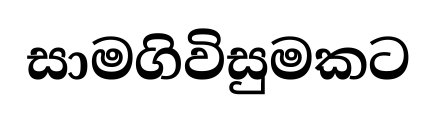
සාමගිවිසුමකට